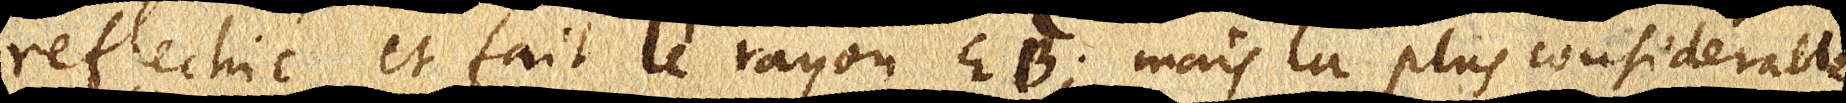
reflechié et fait le rayon EB; mais la plus considerable